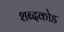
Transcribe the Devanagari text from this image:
शब्दकोड